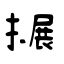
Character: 搌